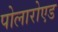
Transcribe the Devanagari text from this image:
पोलारोएड